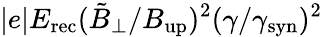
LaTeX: |e|E_{\mathrm{rec}}(\tilde{B}_{\perp}/B_{\mathrm{up}})^{2}(\gamma/\gamma_{\mathrm{syn}})^{2}